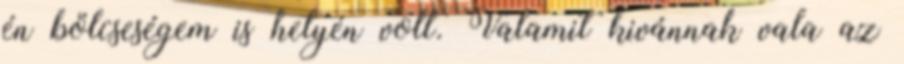
én bölcseségem is helyén volt. Valamit kivánnak vala az